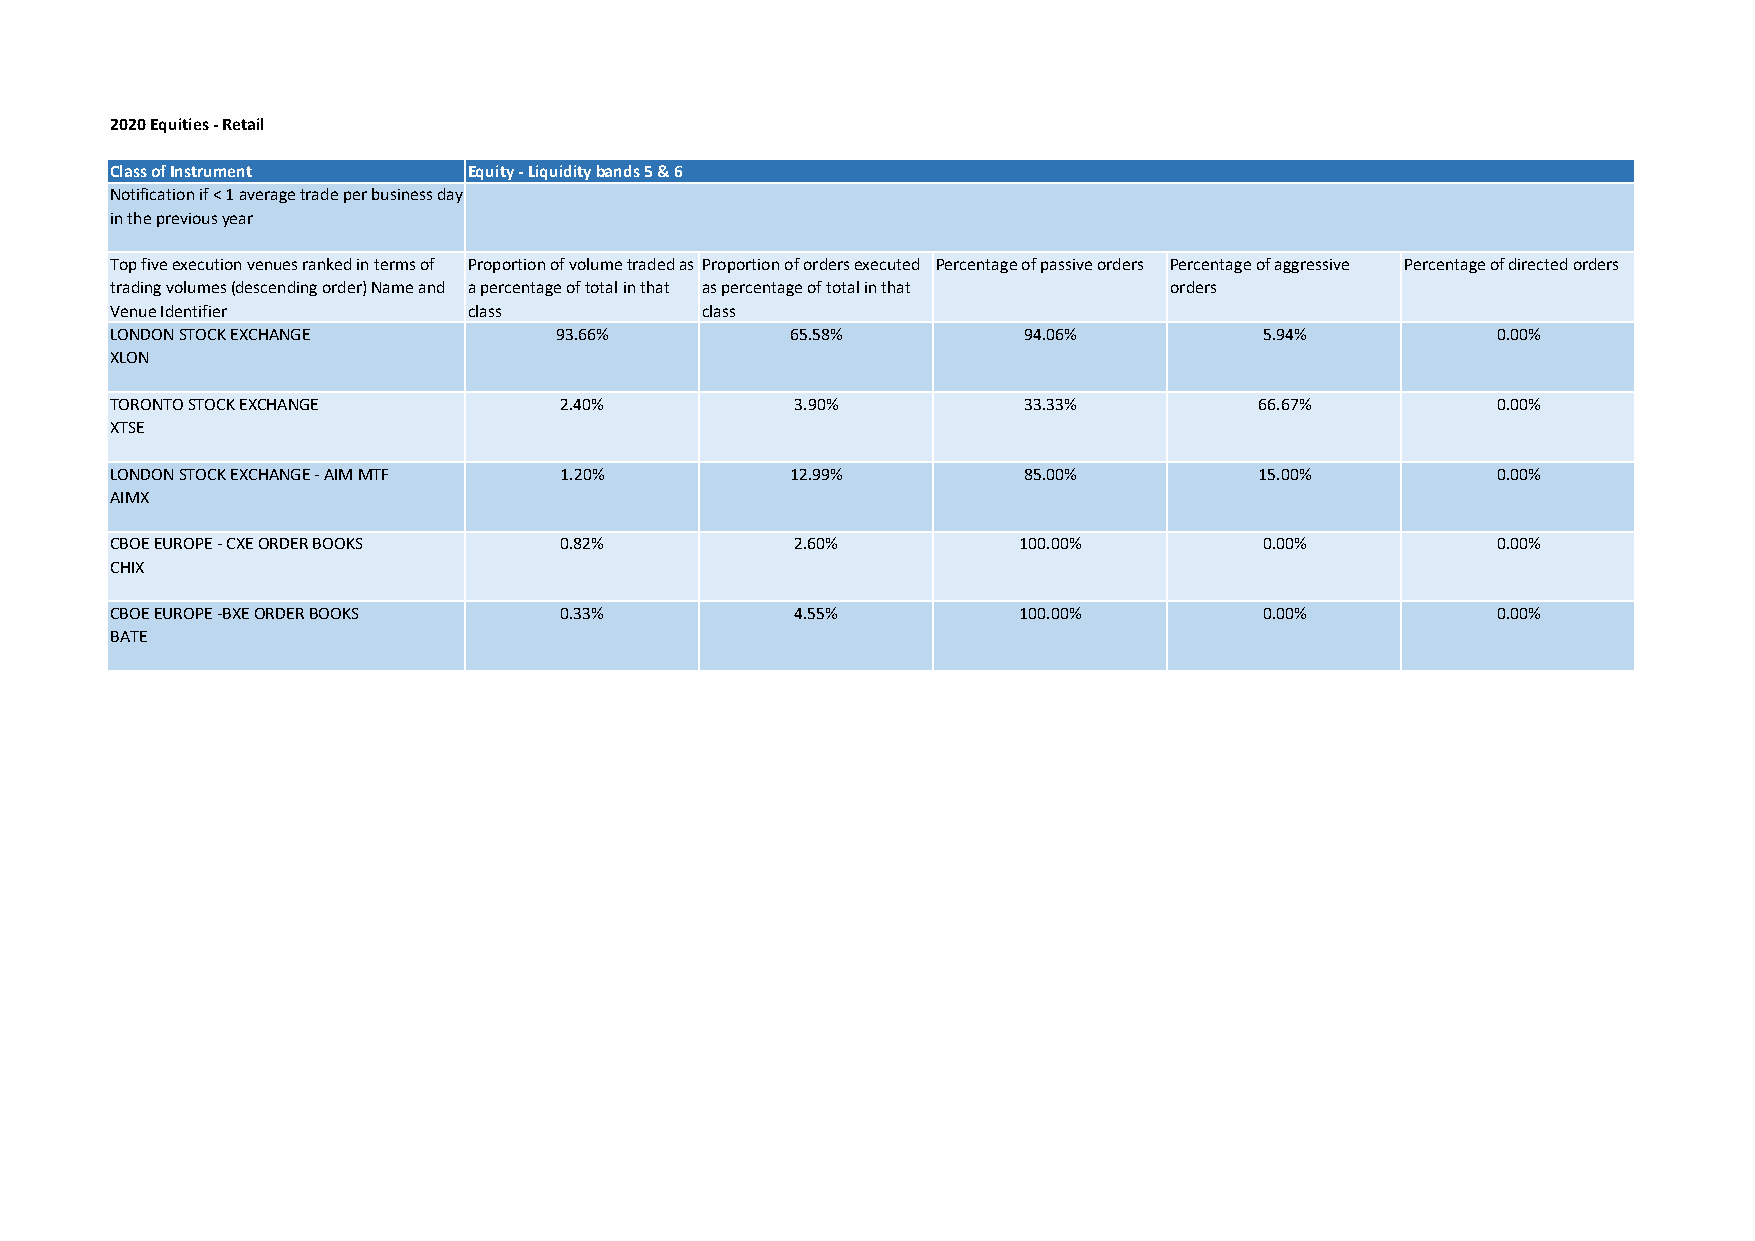
2020 Equities ‐ Retail
 Class of Instrument     Equity ‐ Liquidity bands 5 & 6
 Notification if < 1 average trade per business day
 in the previous year
 Top five execution venues ranked in terms of Proportion of volume traded as Proportion of orders executed Percentage of passive orders Percentage of aggressive Percentage of directed orders
 trading volumes (descending order) Name and a percentage of total in that as percentage of total in that orders
 Venue Identifier        class          class
 LONDON STOCK EXCHANGE         93.66%         65.58%          94.06%          5.94%          0.00%
 XLON
 TORONTO STOCK EXCHANGE        2.40%           3.90%          33.33%         66.67%          0.00%
 XTSE
 LONDON STOCK EXCHANGE ‐ AIM MTF 1.20%        12.99%          85.00%         15.00%          0.00%
 AIMX
 CBOE EUROPE ‐ CXE ORDER BOOKS 0.82%           2.60%         100.00%          0.00%          0.00%
 CHIX
 CBOE EUROPE ‐BXE ORDER BOOKS  0.33%           4.55%         100.00%          0.00%          0.00%
 BATE